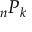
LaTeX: { } _ { n } P _ { k }